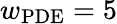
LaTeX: w_{\textrm{PDE}}=5